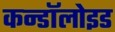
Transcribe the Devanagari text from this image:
कन्डॉलोइड